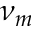
\nu _ { m }